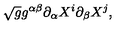
\sqrt { g } g ^ { \alpha \beta } \partial _ { \alpha } X ^ { i } \partial _ { \beta } X ^ { j } ,